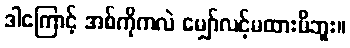
ဒါကြောင့် အစ်ကိုကလဲ မျှော်လင့်မထားမိဘူး။